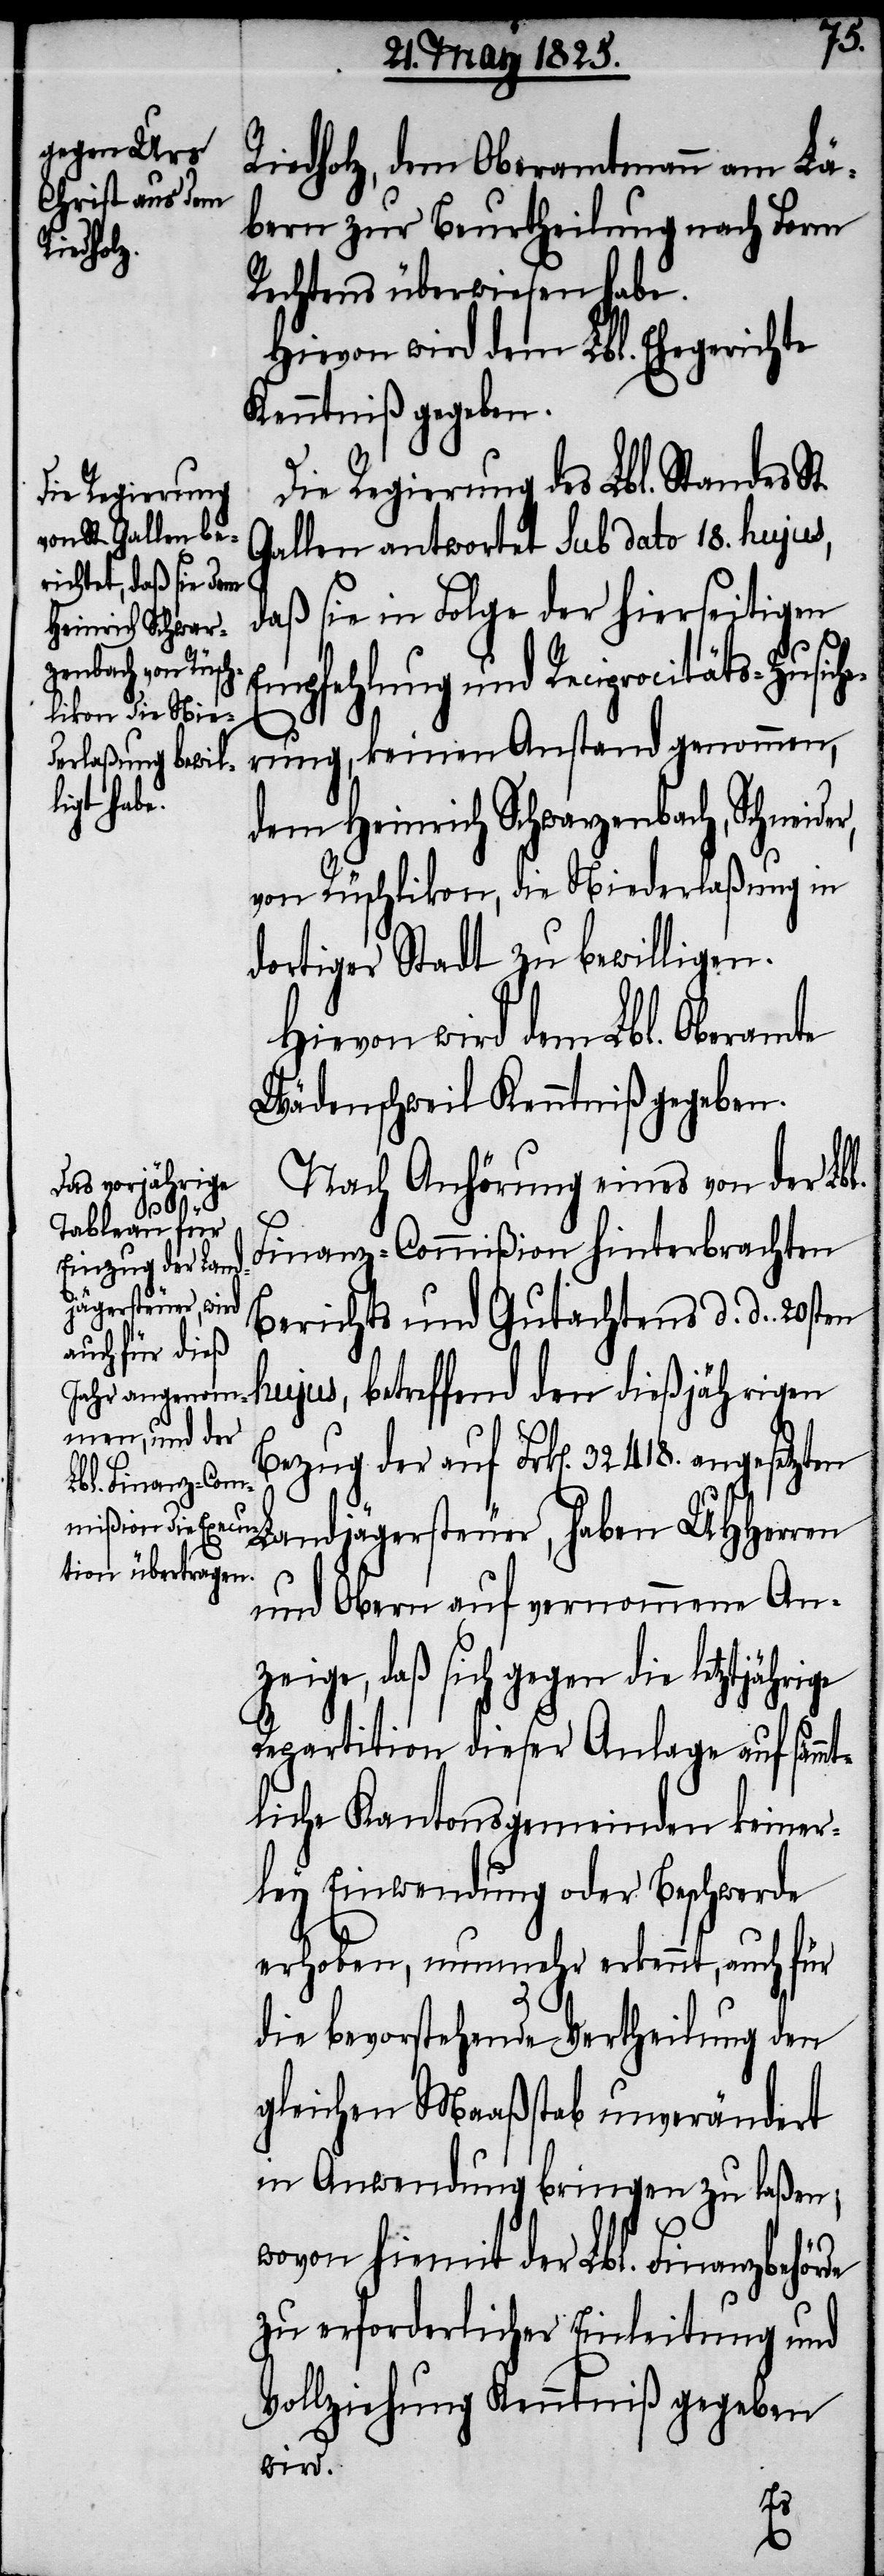
Riedholz, dem Oberamtmann am Lä¬
bern zur Beurtheilung nach Form
Rechtens überwiesen habe.
Hievon wird dem Lbl. Ehegerichte
Kenntniß gegeben.
Die Regierung des Lbl. Standes
Gallen antwortet sub dato 18. hujus,
daß sie in Folge der hierseitigen
Empfehlung und Reciprocitäts-Zusich¬
erung, keinen Anstand genommen,
dem Heinrich Schwarzenbach, Schneid¬
von Rüschlikon, die Niederlaßung in
dortiger Stadt zu bewilligen.
Hievon wird dem Lbl. Oberamte
Wädenschweil Kenntniß gegeben.
Nach Anhörung eines von der Lbl.
Finanz-Commißion hinterbrachten
Berichts und Gutachtens d. d. 20sten
hujus, betreffend den dießjährigen
Bezug der auf Frk[en]. 32418. angesetzte¬
n Landjägersteuer, haben UHHerren
und Obern auf vernommene An¬
zeige, daß sich gegen die letztjährige
Departition dieser Anlage keine¬
rley Einwendung oder Beschwerde
erhoben, nunmehr erkennt, auch für
St.
die bevorstehende Vertheilung den
gleichen Maaßstab unverändert
in Anwendung bringen zu laßen,
wovon hiermit der Lbl. Finanzbehörde
zu erforderlicher Einleitung und
Vollziehung Kenntniß gegeben
wird.
er,